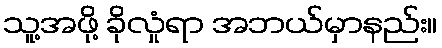
သူ့အဖို့ ခိုလှုံရာ အဘယ်မှာနည်း။